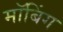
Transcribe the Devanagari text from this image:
मॉबिंग